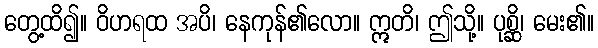
တွေ့ထိ၍။ ဝိဟရထ အပိ၊ နေကုန်၏လော။ ဣတိ၊ ဤသို့။ ပုစ္ဆိ၊ မေး၏။